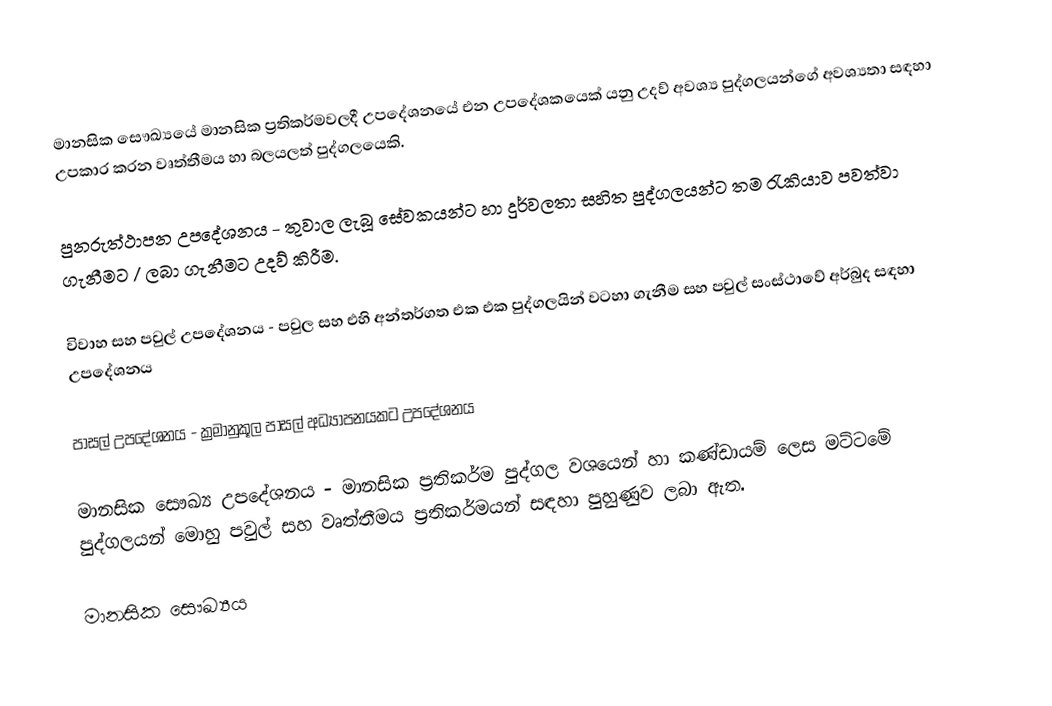
මානසික සෞඛ්‍යයේ මානසික ප්‍රතිකර්මවලදී උපදේශනයේ එන උපදේශකයෙක් යනු උදව් අවශ්‍ය පුද්ගලයන්ගේ අවශ්‍යතා සඳහා උපකාර කරන වෘත්තීමය හා බලයලත් පුද්ගලයෙකි.

පුනරුත්ථාපන උපදේශනය - තුවාල ලැබූ සේවකයන්ට හා දුර්වලතා සහිත පුද්ගලයන්ට තම රැකියාව පවත්වා ගැනීමට / ලබා ගැනීමට  උදව් කිරීම.

විවාහ සහ පවුල් උපදේශනය - පවුල සහ එහි අන්තර්ගත එක එක පුද්ගලයින් වටහා ගැනීම සහ පවුල් සංස්ථාවේ අර්බුද සඳහා උපදේශනය

පාසල් උපදේශනය - ක්‍රමානුකූල පාසල් අධ්‍යාපනයකට උපදේශනය

මානසික සෞඛ්‍ය උපදේශනය - මානසික ප්‍රතිකර්ම පුද්ගල වශයෙන් හා කණ්ඩායම් ලෙස මට්ටමේ පුද්ගලයන් මොහු පවුල් සහ වෘත්තීමය ප්‍රතිකර්මයන් සඳහා පුහුණුව ලබා ඇත.

මානසික සෞඛ්‍යය